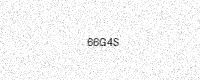
Text: 66G4S